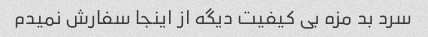
سرد بد مزه بی کیفیت دیگه از اینجا سفارش نمیدم